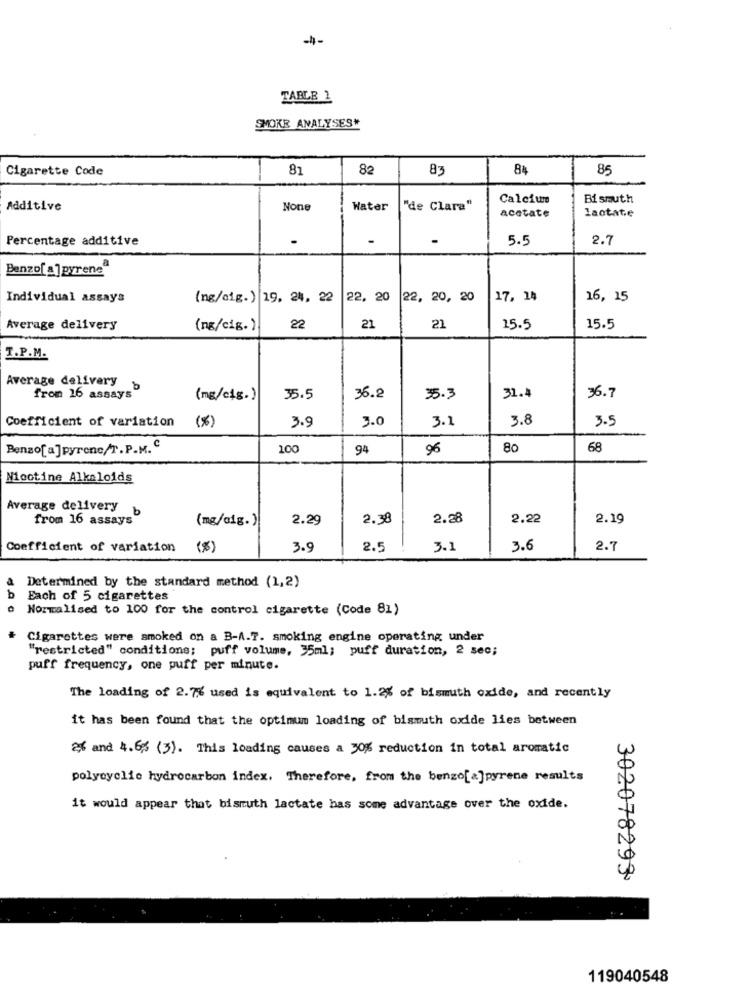
TABLE 2
SMOKE ANALYSES*
Cigarette Code
81
82
83
84
85
Calcium
Bismuth
Additive
Water
"de Clara"
acetate
laotate
Percentage additive
.
5.5
2.7
Benzo[ a]pyreneª
Individual assays
(ng/sig.) 19, 24, 22
22, 20 22, 20, 20
17, 14
16, 15
Average delivery
(ng/cig.)
22
21
21
15.5
15.5
T.P.M.
Average delivery
from 16 assays"
(mg/cig.)
35.5
36.2
35.3
31.4
36.7
Coefficient of variation
(%)
3.0
3.2
3.8
3.5
3.9
Benzo[a]pyrenc/T.P.M. C
100
94
96
80
68
Nicotine Alkaloids
Average delivery
b
from 16 assays"
(mg/aig.)
2.29
2.38
2.28
2.22
2.19
Coefficient of variation
( %)
3.9
2.5
3.1
3.6
2.7
Determined by the standard method (1,2)
b
Each of 5 cigarettes
Normalised to 100 for the control cigarette (Code 81)
Cigarettes were smoked on a B-A.T. smoking engine operating under
"restricted" conditions; puff volume, 35ml; puff duration, 2 sec;
puff frequency, one puff per minute.
The loading of 2.7% used is equivalent to 1.2% of bismuth oxide, and recently
it has been found that the optimum loading of bismuth oxide lies between
26 and 4.65 (3). This loading causes a 30% reduction in total aromatic
polyoyolie hydrocarbon index, Therefore, from the benzo[a]pyrene results
it would appear that bismuth lactate has some advantage over the oxide.
302078293
119040548